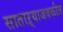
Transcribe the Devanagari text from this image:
साताऱ्याजवळील